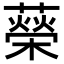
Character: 𦾵